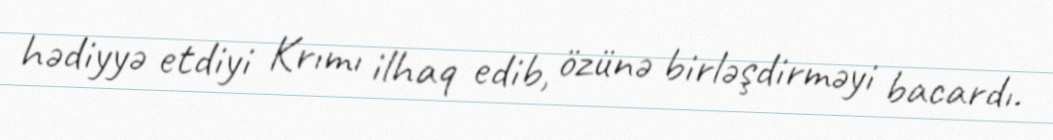
hədiyyə etdiyi Krımı ilhaq edib, özünə birləşdirməyi bacardı.